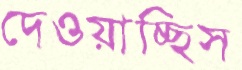
দেওয়াচ্ছিস